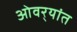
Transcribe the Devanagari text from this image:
ओवर्‍यांत